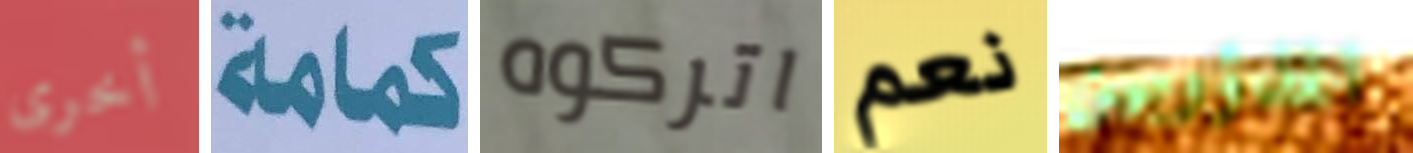
أخرى كمامة اتركوه نعم المذؤوبين